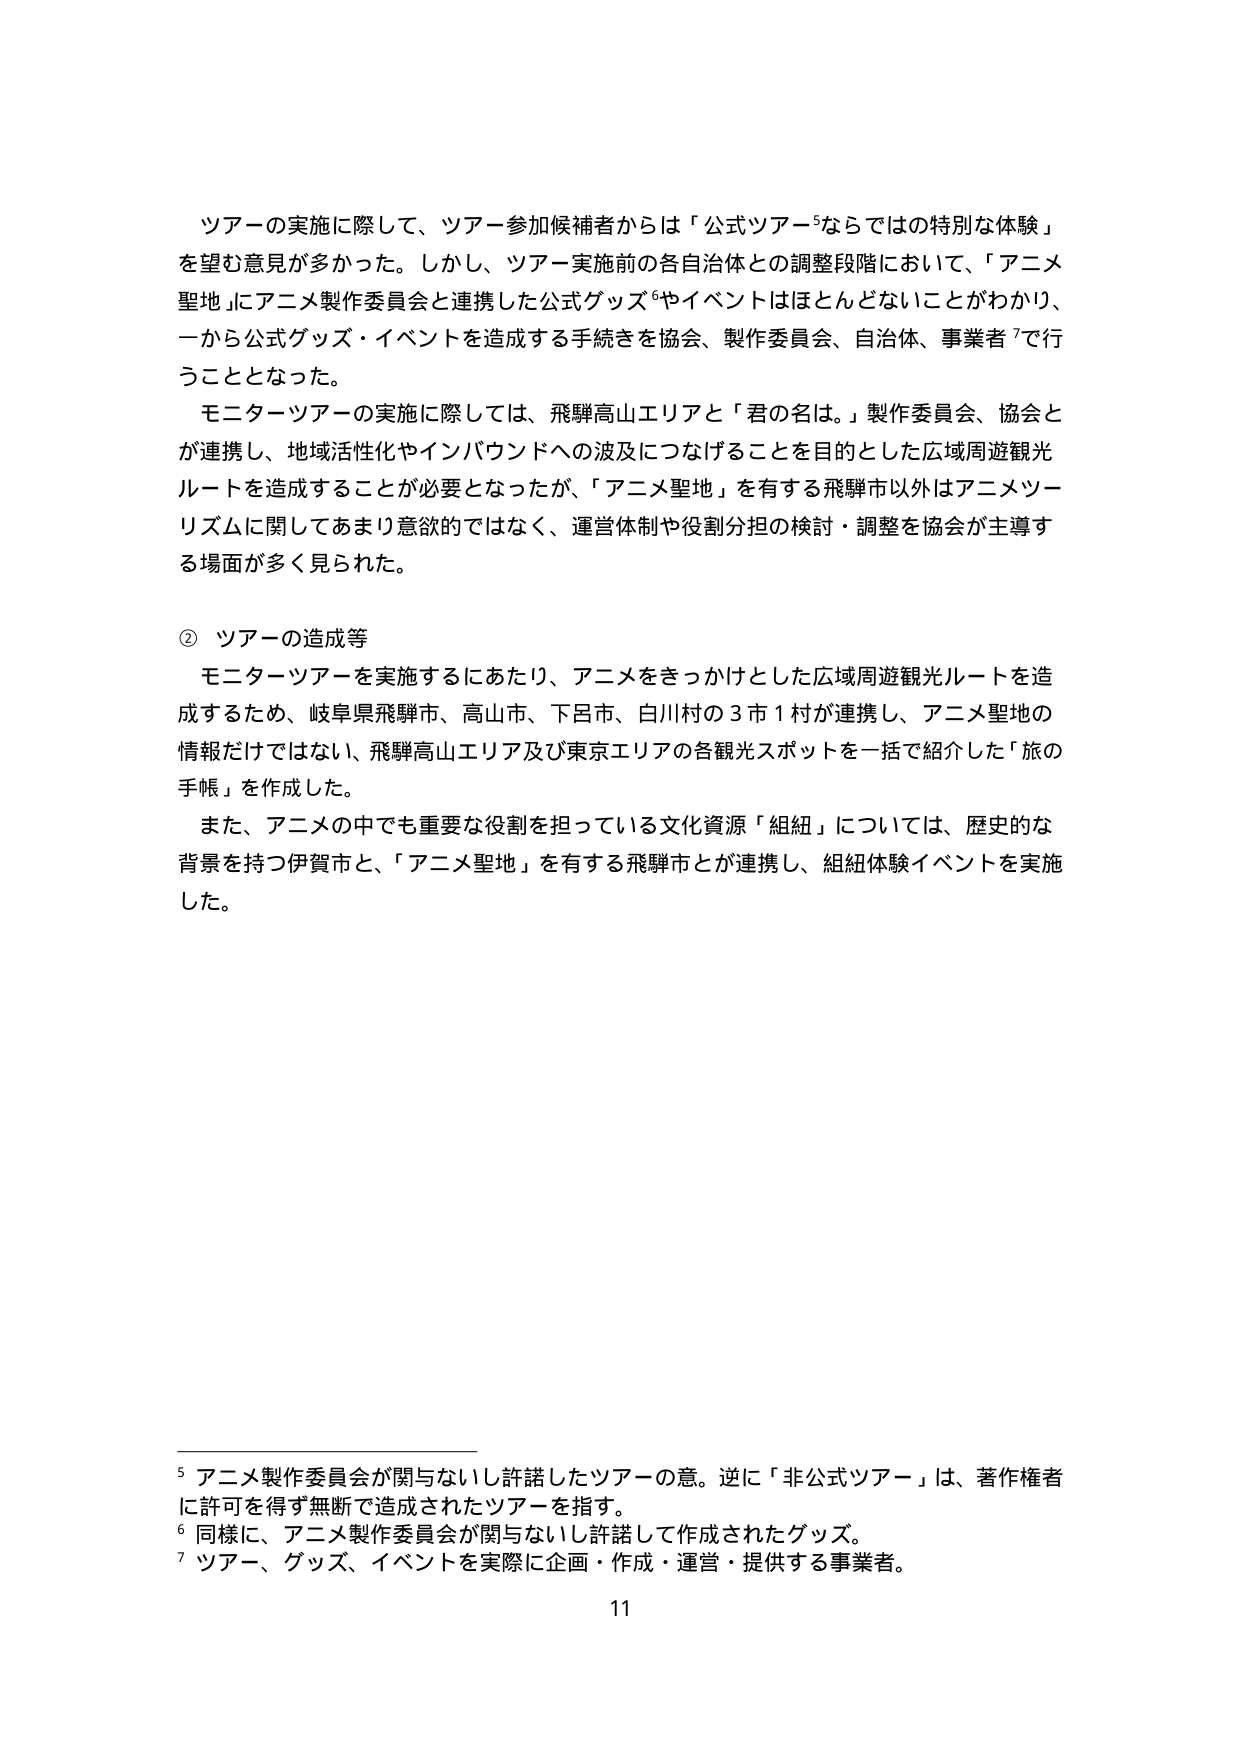
ツアーの実施に際して、ツアー参加候補者からは「公式ツアー⁵ならではの特別な体験」を望む意見が多かった。しかし、ツアー実施前の各自治体との調整段階において、「アニメ聖地」にアニメ製作委員会と連携した公式グッズ⁶やイベントはほとんどないことがわかり、一から公式グッズ・イベントを造成する手続きを協会、製作委員会、自治体、事業者⁷で行うこととなった。

モニターツアーの実施に際しては、飛騨高山エリアと「君の名は。」製作委員会、協会とが連携し、地域活性化やインバウンドへの波及につなげることを目的とした広域周遊観光ルートを造成することが必要となったが、「アニメ聖地」を有する飛騨市以外はアニメツーリズムに関してあまり意欲的ではなく、運営体制や役割分担の検討・調整を協会が主導する場面が多く見られた。

② ツアーの造成等

モニターツアーを実施するにあたり、アニメをきっかけとした広域周遊観光ルートを造成するため、岐阜県飛騨市、高山市、下呂市、白川村の３市１村が連携し、アニメ聖地の情報だけではない、飛騨高山エリア及び東京エリアの各観光スポットを一括で紹介した「旅の手帳」を作成した。

また、アニメの中でも重要な役割を担っている文化資源「組紐」については、歴史的な背景を持つ伊賀市と、「アニメ聖地」を有する飛騨市とが連携し、組紐体験イベントを実施した。

⁵ アニメ製作委員会が関与ないし許諾したツアーの意。逆に「非公式ツアー」は、著作権者に許可を得ず無断で造成されたツアーを指す。
⁶ 同様に、アニメ製作委員会が関与ないし許諾して作成されたグッズ。
⁷ ツアー、グッズ、イベントを実際に企画・作成・運営・提供する事業者。

11